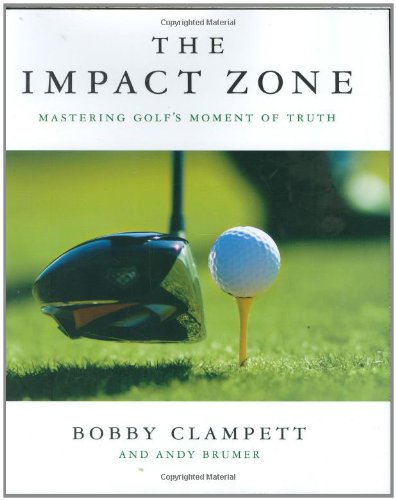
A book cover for The Impact Zone: Mastering Golf's Moment of Truth; Bobby Clampett; Sports & Outdoors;